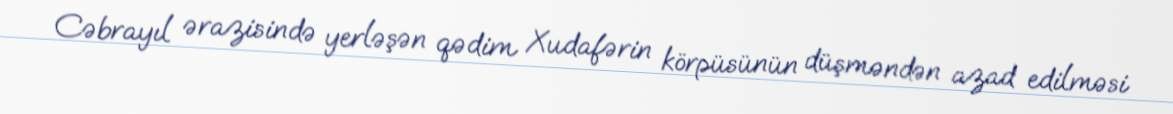
Cəbrayıl ərazisində yerləşən qədim Xudafərin körpüsünün düşməndən azad edilməsi